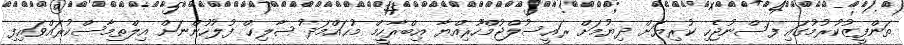
ތަންފީޒުކުރުމުގައި ފަސްނުޖެހި ކުރިޔަށް ދިޔުމަށް ރައީސުލްޖުމްހޫރިއްޔާ އިބްރާހީމް މުޙައްމަދު ޞާލިޙް ފުލުހުންނަށް އިލްތިމާސްކުރައްވައިފި